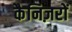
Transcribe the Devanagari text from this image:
कैनिज़रों